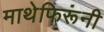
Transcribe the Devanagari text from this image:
माथेफिरूंनी